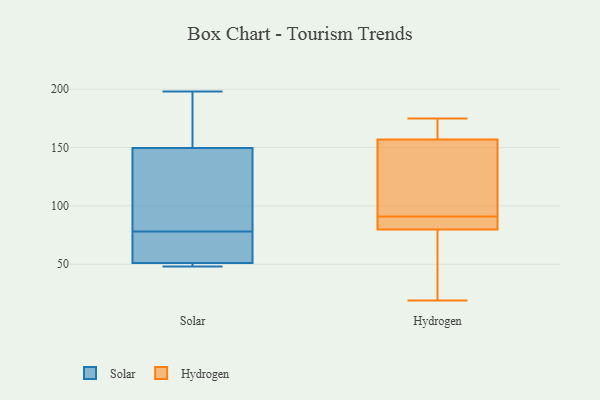
{"axis": {"x": "Headcount", "y": "Value"}, "legend": ["Hydrogen", "Solar"], "data": [{"x": "", "y": 146, "type": "Solar"}, {"x": "", "y": 59, "type": "Solar"}, {"x": "", "y": 156, "type": "Solar"}, {"x": "", "y": 57, "type": "Solar"}, {"x": "", "y": 49, "type": "Solar"}, {"x": "", "y": 78, "type": "Solar"}, {"x": "", "y": 48, "type": "Solar"}, {"x": "", "y": 81, "type": "Solar"}, {"x": "", "y": 49, "type": "Solar"}, {"x": "", "y": 198, "type": "Solar"}, {"x": "", "y": 151, "type": "Solar"}, {"x": "", "y": 91, "type": "Hydrogen"}, {"x": "", "y": 39, "type": "Hydrogen"}, {"x": "", "y": 156, "type": "Hydrogen"}, {"x": "", "y": 35, "type": "Hydrogen"}, {"x": "", "y": 90, "type": "Hydrogen"}, {"x": "", "y": 160, "type": "Hydrogen"}, {"x": "", "y": 175, "type": "Hydrogen"}, {"x": "", "y": 70, "type": "Hydrogen"}, {"x": "", "y": 19, "type": "Hydrogen"}, {"x": "", "y": 152, "type": "Hydrogen"}, {"x": "", "y": 88, "type": "Hydrogen"}, {"x": "", "y": 151, "type": "Hydrogen"}, {"x": "", "y": 84, "type": "Hydrogen"}, {"x": "", "y": 164, "type": "Hydrogen"}, {"x": "", "y": 154, "type": "Hydrogen"}, {"x": "", "y": 83, "type": "Hydrogen"}, {"x": "", "y": 166, "type": "Hydrogen"}]}